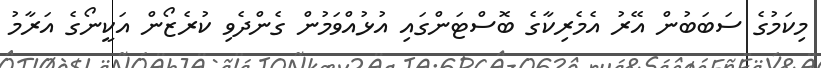
މިކަމުގެ ސަބަބުން އޭރު އެމެރިކާގެ ބޮސްޓަންގައި އުޅުއްވަމުން ގެންދެވި ކުރެޒޯން އަކީނޯގެ އަރާމު